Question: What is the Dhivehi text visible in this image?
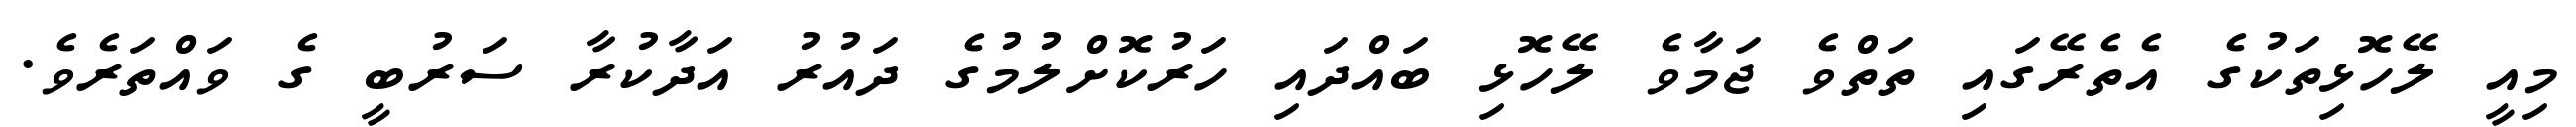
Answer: މިއީ ލޭހޮޅިތަކުގެ އެތެރޭގައި ތަތްވެ ޖަމާވެ ލޭހޮޅި ބައްދައި ހަރުކޮށްލުމުގެ ދައުރު އަދާކުރާ ސަރުބީ ގެ ވައްތަރެވެ.